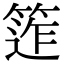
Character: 𥯧